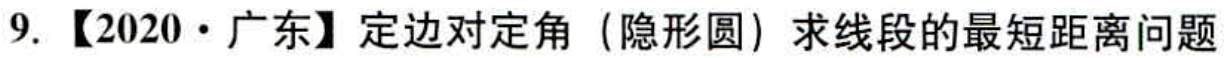
9.【2020·广东】定边对定角（隐形圆）求线段的最短距离问题